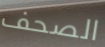
الصحف